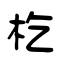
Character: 杚